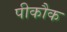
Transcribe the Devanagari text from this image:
पीकौक